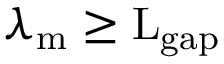
\lambda _ { \mathrm { { m } } } \geq \mathrm { { L } _ { \mathrm { { g a p } } } }